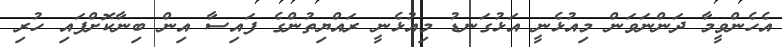
އެހެންވީމާ ދަންނަވަން މިއުޅެނީ އަޅުގަނޑު މިއުޅެނީ ރައްޔިތުންގެ ފައިސާ އިން ބިނާކޮށްފައި ހުރި